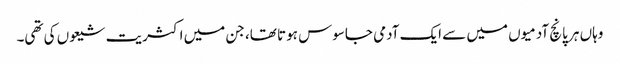
وہاں ہر پانچ آدمیوں میں سے ایک آدمی جاسوس ہوتا تھا، جن میں اکثریت شیعوں کی تھی۔